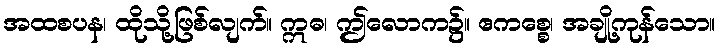
အထစပန၊ ထိုသို့ဖြစ်လျက်။ ဣဓ၊ ဤလောက၌။ ဧကစ္စေ၊ အချို့ကုန်သော။